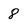
Character: 8